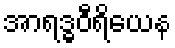
အာရဒ္ဓဝီရိယေန